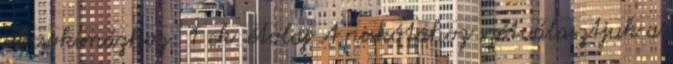
A csokimázhoz: 1 ek. étolaj A piskótához szétválasztjuk a